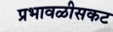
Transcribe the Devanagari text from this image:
प्रभावळीसकट